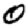
Digit: 0